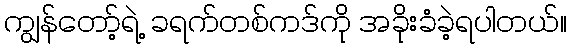
ကျွန်တော့်ရဲ့ ခရက်တစ်ကဒ်ကို အခိုးခံခဲ့ရပါတယ်။